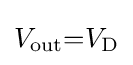
V_{\text{out}}{=}V_{\text{D}}